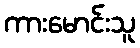
ကားမောင်းသူ